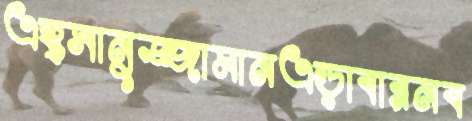
এহ্সানুজ্জামানএড়াবারনব